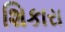
શિકારા